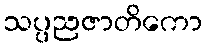
သပ္ပညဇာတိကော